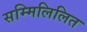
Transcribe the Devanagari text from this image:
सम्मिलिलित